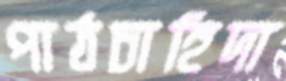
পাঠচাহিদা